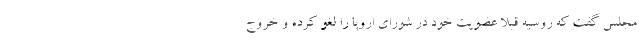
مجلس گفت که روسیه قبلا عضویت خود در شورای اروپا را لغو کرده و خروج